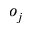
o _ { j }